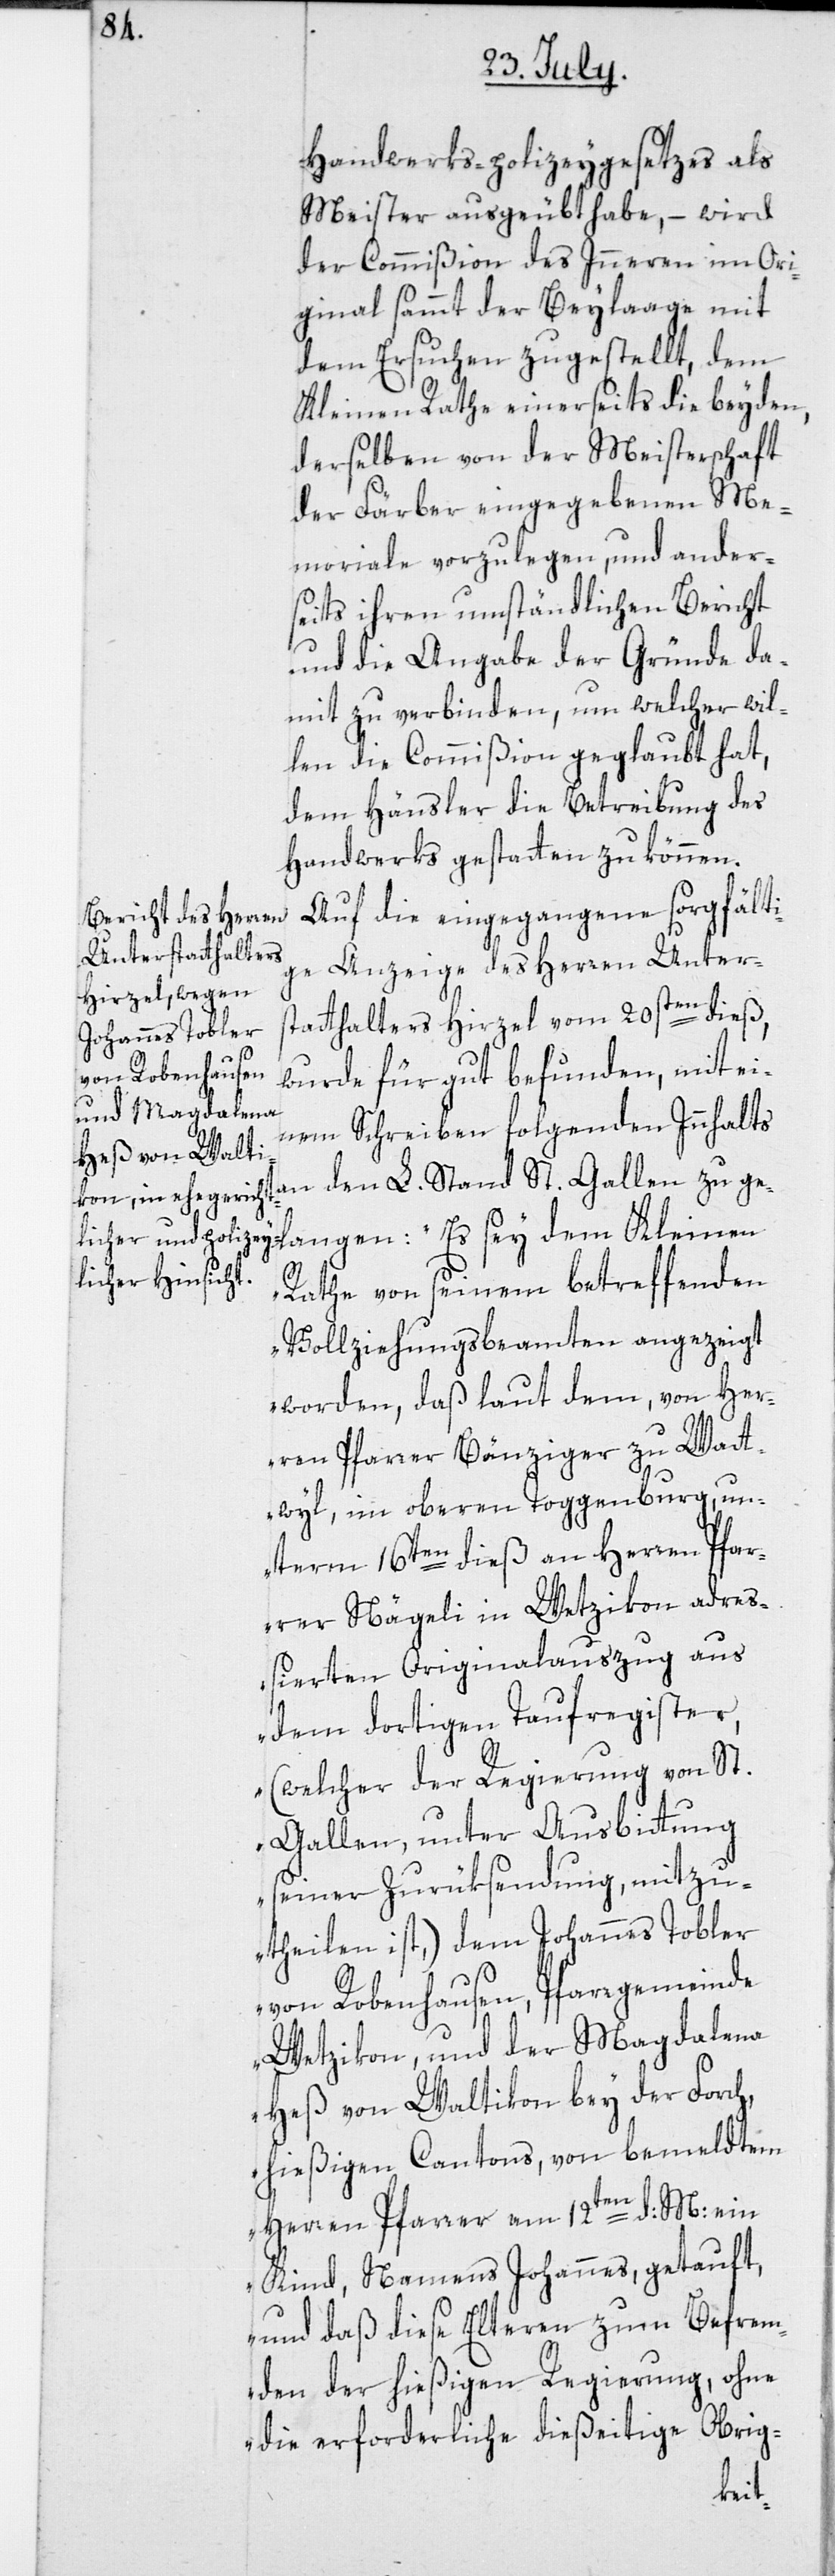
Handwerks-polizeygesetzes als
Meister ausgeübt habe, – wird
der Commißion des Inneren im Ori¬
ginal sammt der Beylaage mit
dem Ersuchen zugestellt, dem
Kleinen Rathe einerseits die beyden,
derselben von der Meisterschaft
der Färber eingegebenen Me¬
moriale vorzulegen, und ander¬
seits ihren umständlichen Bericht
und die Angabe der Gründe da¬
mit zu verbinden, um welcher wil¬
len die Commißion geglaubt hat,
dem Hänsler die Betreibung des
Handwerks gestatten zu können.
Auf die eingegangene sorgfälti¬
ge Anzeige des Herren Unter¬
statthalters Hirzel vom 20sten dieß,
wurde für gut befunden, mit ei¬
nem Schreiben folgenden Innhalts
len zu gelangen: „Es sey dem Kleinen
Rathe von seinem betreffenden
Vollziehungsbeamten angezeigt
worden, daß laut dem, von Her¬
ren Pfarrer Bänziger zu Wat¬
twyl, im oberen Toggenburg, un¬
term 16ten dieß an Herren Pfar¬
rer Nägeli in Wetzikon adre¬
ßierten Originalauszug aus
dem dortigen Taufregister,
(welcher der Regierung von St.
Gallen, unter Ausbittung
seiner Zurüksendung, mitzu¬
theilen ist,) dem Johannes Tobler
von Robenhausen, Pfarrgemeinde
Wetzikon, und der Magdalena
Heß von Waltikon bey der Forch,
hießigen Cantons, von bemeldtem
Gal¬
Herren Pfarrer am 12ten d: M: ein
Kind, Namens Johannes, getauft,
und daß diese Elteren zum Befrem¬
den der hießigen Regierung, ohne
die erforderliche dießeitige Obrig-